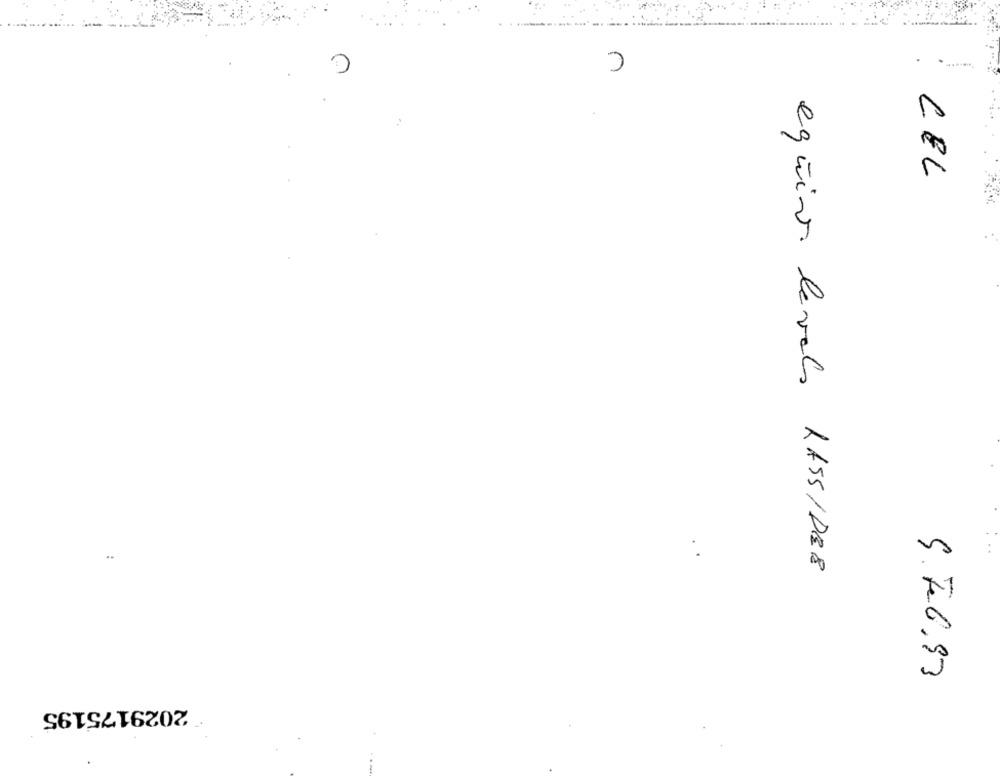
: CEL
equivo. levels LASS/DB8
5.7.6.83
2029175195